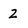
Character: Z